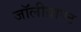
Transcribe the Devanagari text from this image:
जॉलीग्राण्ट